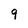
Character: 9